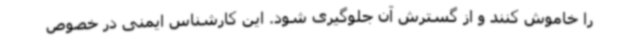
را خاموش کنند و از گسترش آن جلوگیری شود. این کارشناس ایمنی در خصوص